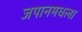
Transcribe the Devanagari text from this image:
जपानमधला